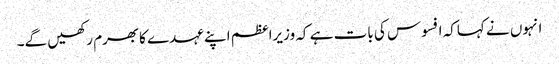
انہوں نے کہاکہ افسوس کی بات ہے کہ وزیراعظم اپنے عہدے کابھرم رکھیں گے۔